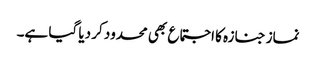
نماز جنازہ کا اجتماع بھی محدود کر دیا گیا ہے۔